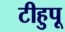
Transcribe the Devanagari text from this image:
टीहुपू